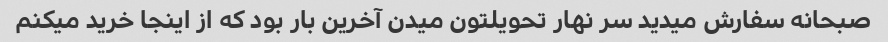
صبحانه سفارش میدید سر نهار تحویلتون میدن آخرین بار بود که از اینجا خرید میکنم